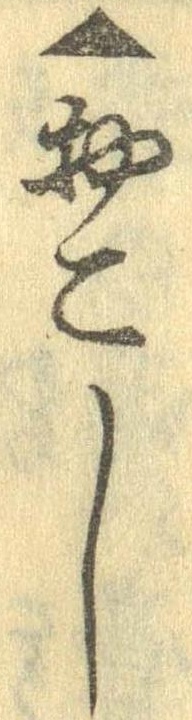
▲おこし